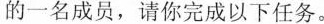
的一名成员，请你完成以下任务。